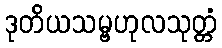
ဒုတိယသမ္ဗဟုလသုတ္တံ